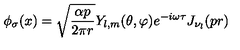
\phi _ { \sigma } ( x ) = \sqrt { \frac { \alpha p } { 2 \pi r } } Y _ { l , m } ( \theta , \varphi ) e ^ { - i \omega \tau } J _ { \nu _ { l } } ( p r )